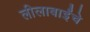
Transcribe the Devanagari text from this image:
लीलाबाईंचे